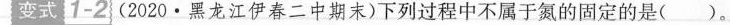
变式 1-2 (2020·黑龙江伊春二中期末)下列过程中不属于氮的固定的是( )。